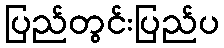
ပြည်တွင်းပြည်ပ